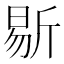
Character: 𣂨